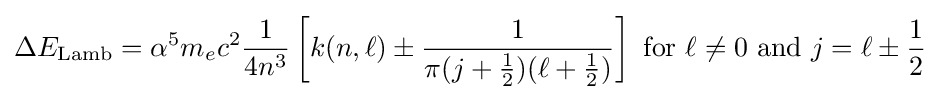
\Delta E_{\mathrm {Lamb} }=\alpha ^{5}m_{e}c^{2}{\frac {1}{4n^{3}}}\left[k(n,\ell )\pm {\frac {1}{\pi (j+{\frac {1}{2}})(\ell +{\frac {1}{2}})}}\right]\ \mathrm {for} \ \ell \neq 0\ \mathrm {and} \ j=\ell \pm {\frac {1}{2}}